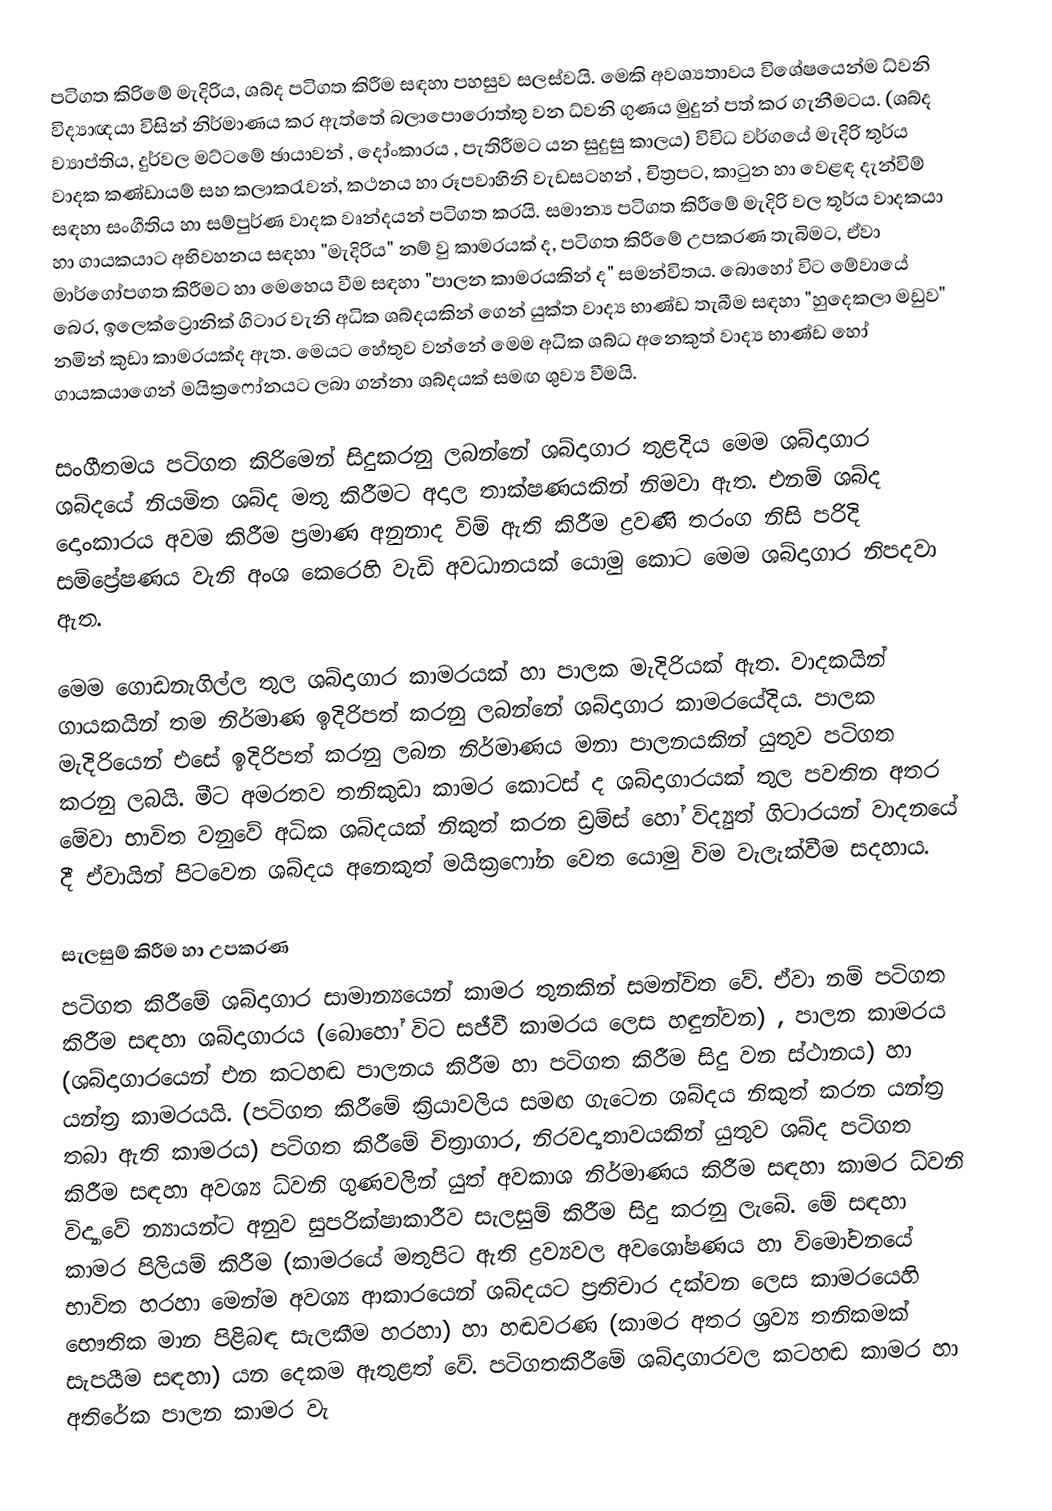
පටිගත කිරිමේ මැදිරිය, ශබ්ද පටිගත කිරීම සඳහා පහසුව සලස්වයි. මෙකි අවශ්‍යතාවය විශේෂයෙන්ම ධ්වනි විද්‍යාඥයා විසින් නිර්මාණය කර ඇත්තේ බලාපොරොත්තු වන ධ්වනි ගුණය මුදුන් පත් කර ගැනීමටය. (ශබ්ද ව්‍යාප්තිය, දුර්වල මට්ටමේ ඡායාවන් , දෝංකාරය , පැතිරීමට යන සුදුසු කාලය) විවිධ වර්ගයේ මැදිරි තුර්ය වාදක කණ්ඩායම් සහ කලාකරැවන්, කථනය හා රූපවාහිනි වැඩසටහන් , චිත්‍රපට, කාටුන හා වෙළඳ දැන්විම් සඳහා සංගීතිය හා සම්පුර්ණ වාදක වෘන්දයන් පටිගත කරයි. සමාන්‍ය පටිගත කිරීමේ මැදිරි වල තූර්ය වාදකයා හා ගායකයාට අභිවහනය සඳහා "මැදිරිය" නම් වු කාමරයක් ද, පටිගත කිරීමේ උපකරණ තැබිමට, ඒවා මාර්ගෝපගත කිරීමට හා මෙහෙය වීම සඳහා "පාලන කාමරයකින් ද" සමන්විතය. බොහෝ විට මේවායේ බෙර, ඉලෙක්ට්‍රොනික් ගිටාර වැනි අධික ශබ්දයකින් ගෙන් යුක්ත වාද්‍ය භාණ්ඩ තැබීම සඳහා "හුදෙකලා මඩුව" නමින් කුඩා කාමරයක්ද ඇත. මෙයට හේතුව වන්නේ මෙම අධික ශබ්ධ අනෙකුත් වාද්‍ය භාණ්ඩ හෝ ගායකයාගෙන් මයික්‍රෆෝනයට ලබා ගන්නා ශබ්දයක් සමඟ ශුව්‍ය වීමයි.

සංගීතමය පටිගත කිරිමෙන් සිදුකරනු ලබන්නේ ශබ්දාගාර තුළදිය මෙම ශබ්දාගාර ශබ්දයේ නියමිත ශබ්ද මතු කිරීමට අදාල තාක්ෂණයකින් නිමවා ඇත. එනම් ශබ්ද දොංකාරය අවම කිරීම ප්‍රමාණ අනුනාද විම් ඇති කිරීම ද්‍රවණි තරංග නිසි පරිදි සම්ප්‍රේෂණය වැනි අංශ කෙරෙහි වැඩි අවධානයක් යොමු කොට මෙම ශබ්දාගාර නිපදවා ඇත.

මෙම ගොඩනැගිල්ල තුල ශබ්දාගාර කාමරයක් හා පාලක මැදිරියක් ඇත. වාදකයින් ගායකයින් තම නිර්මාණ ඉදිරිපත් කරනු ලබන්නේ ශබ්දාගාර කාමරයේදිය. පාලක මැදිරියෙන් එසේ ඉදිරිපත් කරනු ලබන නිර්මාණය මනා පාලනයකින් යුතුව පටිගත කරනු ලබයි. මීට අමරතව තනිකුඩා කාමර කොටස් ද ශබ්දාගාරයක් තුල පවතින අතර මේවා භාවිත වනුවේ අධික ශබ්දයක් නිකුත් කරන ඩ්‍රම්ස් හෝ විද්‍යුත් ගිටාරයන් වාදනයේ දී ඒවායින් පිටවෙන ශබ්දය අනෙකුත් මයික්‍රෆෝන වෙත යොමු විම වැලැක්වීම සදහාය.

සැලසුම් කිරීම හා උපකරණ
පටිගත කිරීමේ ශබ්දාගාර සාමාන්‍යයෙන් කාමර තුනකින් සමන්විත වේ. ඒවා නම් පටිගත කිරීම සඳහා ශබ්දාගාරය (බොහෝ විට සජීවී කාමරය ලෙස හඳුන්වන) , පාලන කාමරය (ශබ්දාගාරයෙන් එන කටහඬ පාලනය කිරීම හා පටිගත කිරීම සිදු වන ස්ථානය) හා යන්ත්‍ර කාමරයයි. (පටිගත කිරීමේ ක්‍රියාවලිය සමඟ ගැටෙන ශබ්දය නිකුත් කරන යන්ත්‍ර තබා ඇති කාමරය) පටිගත කිරීමේ චිත්‍රාගාර, නිරවද්‍යතාවයකින් යුතුව ශබ්ද පටිගත කිරීම සඳහා අවශ්‍ය ධ්වනි ගුණවලින් යුත් අවකාශ නිර්මාණය කිරීම සඳහා කාමර ධ්වනි විද්‍යාවේ න්‍යායන්ට අනුව සුපරික්ෂාකාරීව සැලසුම් කිරීම සිදු කරනු ලැබේ. මේ සඳහා කාමර පිලියම් කිරීම (කාම‍රයේ මතුපිට ඇති ද්‍රව්‍යවල අවශෝෂණය හා විමෝචනයේ භාවිත හරහා මෙන්ම අවශ්‍ය ආකාරයෙන් ශබ්දයට ප්‍රතිචාර දක්වන ලෙස කාමරයෙහි භෞතික මාන පිළිබඳ සැලකීම හරහා) හා හඬවරණ (කාමර අතර ශ්‍රව්‍ය තනිකමක් සැපයීම සඳහා) යන දෙකම ඇතුළත් වේ. පටිගතකිරීමේ ශබ්දාගාරවල කටහඬ කාමර හා අතිරේක පාලන කාමර වැ